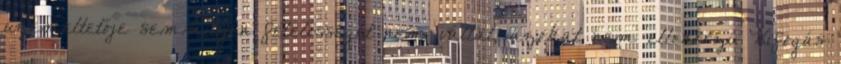
üzemeltetője semmilyen felelősséget nem vállal, azokat nem ellenőrzi. Kifogás